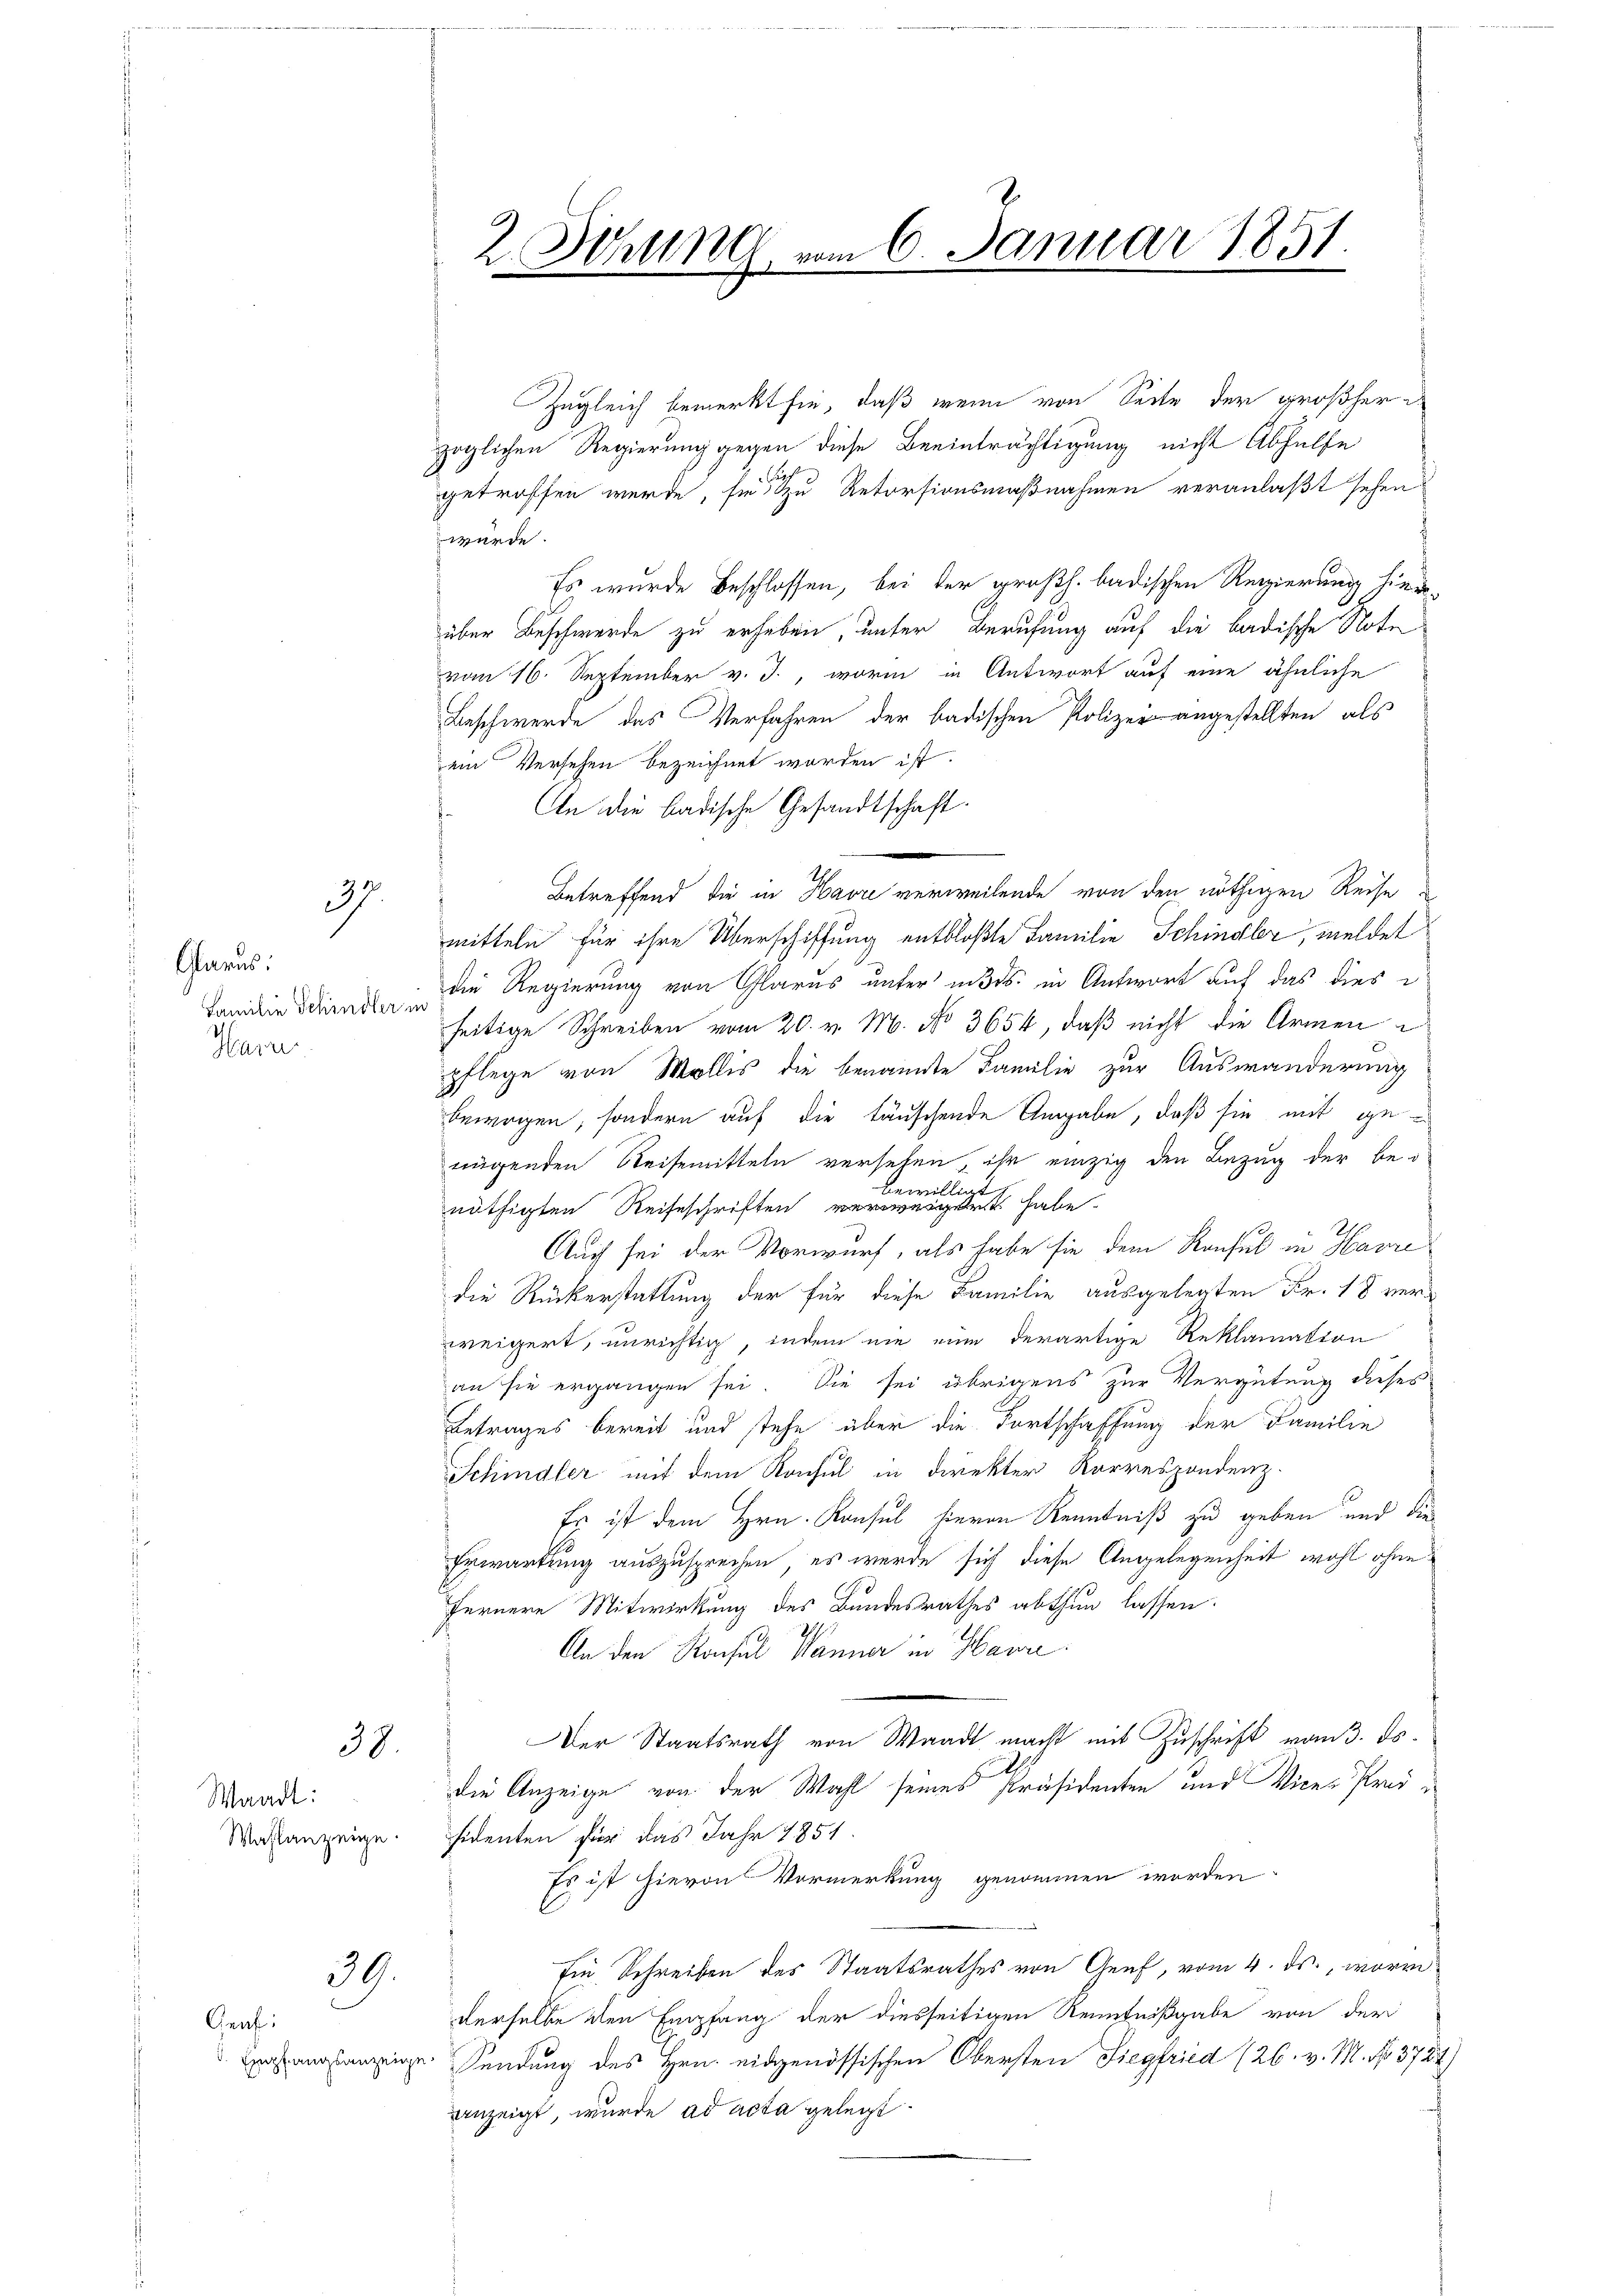
Glarus:
Familie Schindler in
Harn

37

38.

Waadt:
Wahlanzeige.

39.

Geuf:
. Empfangsanzeige

2. Sitzung

Zugleich bemerkt sie, daß wenn von Seite der großher
zöglichen Regierung gegen diese Beeinträchtigung nicht Abhülfe
getroffen werde, sie zu Retorsionsmaßnahmen veranlaßt sehen
würde.
Es wurde beschlossen, bei der großh. badischen Regierung hiede-
über Beschwerde zu erheben, unter Berufung auf die badische Note
vom 16. September v. J., worin in Antwort auf eine ähnliche
Beschwerde des Verfahren der badischen Polizeiangestellten, als
ein Versehen bezeichnet worden ist.
An die badische Gesandtschaft
2
Betreffend die in Havre verweilende von den nöthigen Reise
mitteln für ihre Überschiffung entblößte Familie Schindler, meldet
die Regierung von Glarus unter mits. in Antwort auf das dies
seitige Schreiben vom 20. v. M. No 3654, daß nicht die Armen
pflege von Mollis die benannte Familie zur Auswanderung
bewegen, sondern auf die täuschende Angabe, daß sie mit genügenden Reisemitteln versehen, ihr einzig den Bezug der bei
bewi
ligt.
nöthigten Reiseschriften verweiget habe.
2h.
Auch sei der Vorwurf, als habe sie dem Konsul in Havre
die Rückerstattung der für diese Familie ausgelegten Fr. 18 verweigert, unrichtig, indem nie eine derartige Reklamation
an sie ergangen sei. Sie sei übrigens zur Vergütung dieses
Betrages bereit und stehe über die Fortschaffung der Familie
Schindler mit dem Konsul in direkter Korrespondenz
Es ist dem Hrn. Konsul hievon Kenntniß zu geben und die
Erwartung auszusprechen, es werde sich diese Angelegenheit wohl ohne
d
fernere Mitwirkung des Bundesrathes abthun lassen.
An den Konsul Wanner in Havre
Der Staatsrath von Waadt macht mit Zuschrift vom 3. ds.
die Anzeige von der Wahl seines Präsidenten und Vice- Prodi
sidenten für das Jahr 1854
Es ist hievon Vormerkung genommen worden
Ein Schreiben des Staatsrathes von Genf, vom 4. ds., worin
derselbe den Empfang der diesseitigen Kenntnißgabe von der
Sendung des Hrn. eidgenössischen Obersten Siegfried (26. v. M. No. 3724.
anzeigt, wurde ad acta gelegt

a 6 Januar 1851